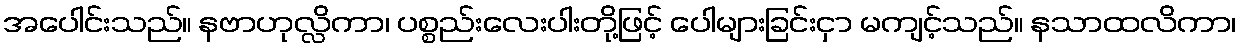
အပေါင်းသည်။ နဗာဟုလ္လိကာ၊ ပစ္စည်းလေးပါးတို့ဖြင့် ပေါများခြင်းငှာ မကျင့်သည်။ နသာထလိကာ၊